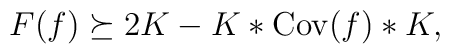
F(f) \succeq 2K - K\ast{\rm Cov}(f)\ast K ,